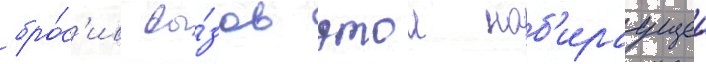
бро́с'ив вы́зов этои наб'ираущеи